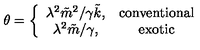
{ \theta } = \left\{ \begin{array} { c c } { { \lambda ^ { 2 } { \tilde { m } } ^ { 2 } } / { \gamma { \tilde { k } } } , } & { \mathrm { c o n v e n t i o n a l } } \\ { { \lambda ^ { 2 } } { \tilde { m } } / \gamma , } & { \mathrm { e x o t i c } } \\ \end{array} \right.